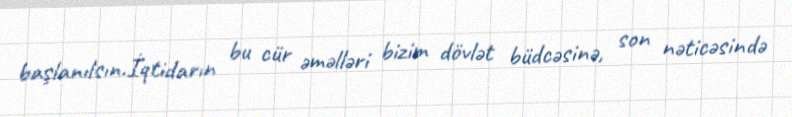
başlanılsın.İqtidarın bu cür əməlləri bizim dövlət büdcəsinə, son nəticəsində